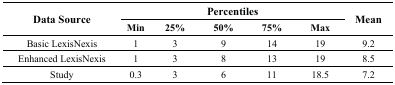
<table><thead><tr><td rowspan="2"><b>Data Source</b></td><td colspan="5"><b>Percentiles</b></td><td rowspan="2"><b>Mean</b></td></tr><tr><td><b>Min</b></td><td><b>25%</b></td><td><b>50%</b></td><td><b>75%</b></td><td><b>Max</b></td></tr></thead><tbody><tr><td>Basic LexisNexis</td><td>1</td><td>3</td><td>9</td><td>14</td><td>19</td><td>9.2</td></tr><tr><td>Enhanced LexisNexis</td><td>1</td><td>3</td><td>8</td><td>13</td><td>19</td><td>8.5</td></tr><tr><td>Study</td><td>0.3</td><td>3</td><td>6</td><td>11</td><td>18.5</td><td>7.2</td></tr></tbody></table>